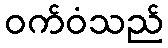
ဝက်ဝံသည်